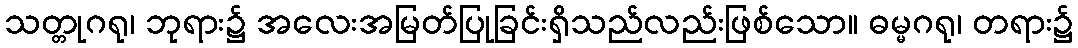
သတ္တုဂရု၊ ဘုရား၌ အလေးအမြတ်ပြုခြင်းရှိသည်လည်းဖြစ်သော။ ဓမ္မဂရု၊ တရား၌